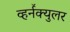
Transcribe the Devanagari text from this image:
व्हर्नॅक्युलर